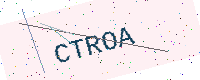
Text: CTROA